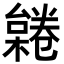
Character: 𣜨